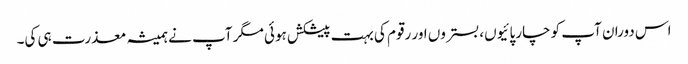
اس دوران آپ کو چارپائیوں، بستروں اور رقوم کی بہت پیشکش ہوئی مگر آپ نے ہمیشہ معذرت ہی کی۔